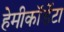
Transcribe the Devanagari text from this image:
हेमीकॉर्डेटा